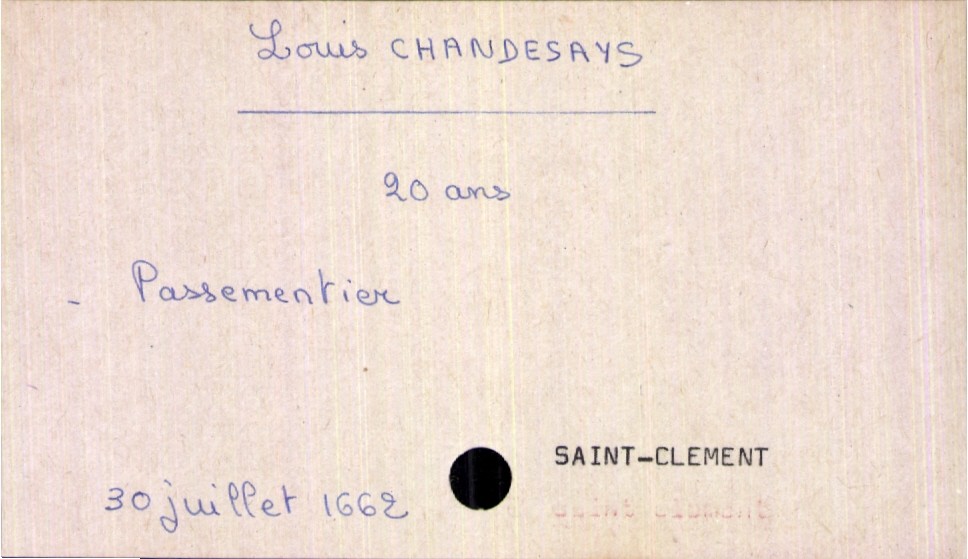
type_acte: Décès
année: 1662
mois: juillet
jour: 30
paroisse: Saint-Clement
défunt_nom: Chandesays
défunt_prénom: Louis
défunt_sexe: H
défunt_âge: 20 ans
défunt_profession: passementier